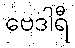
ဗေဒါရီ